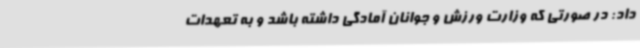
داد: در صورتی که وزارت ورزش و جوانان آمادگی داشته باشد و به تعهدات